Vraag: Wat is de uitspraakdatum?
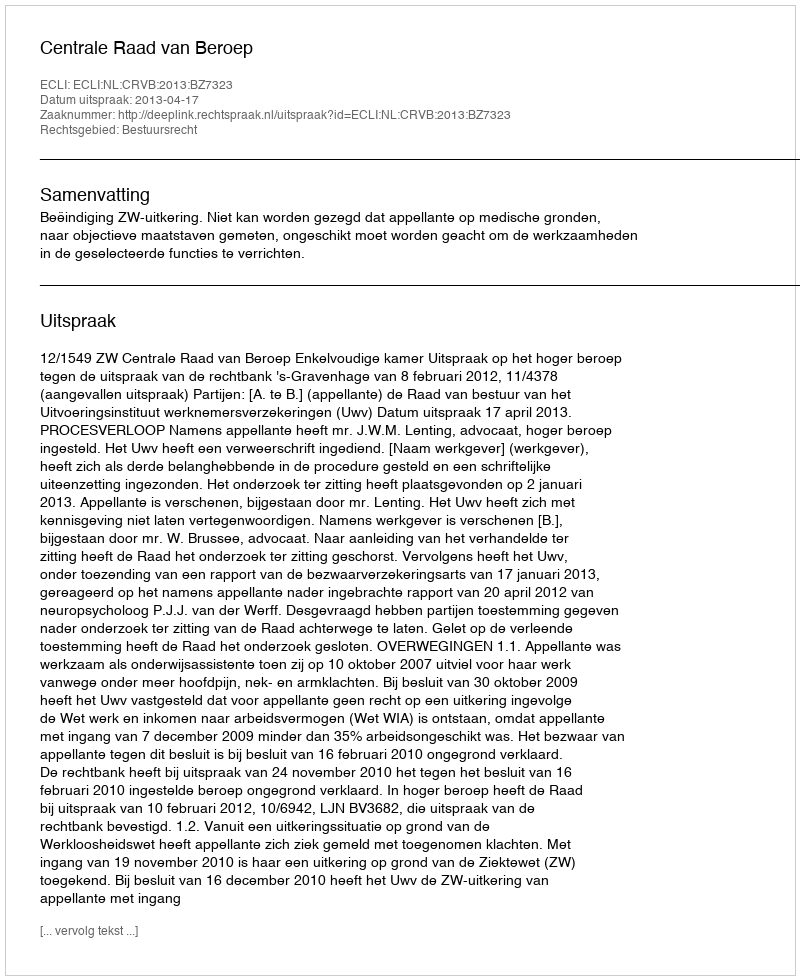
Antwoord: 2013-04-17